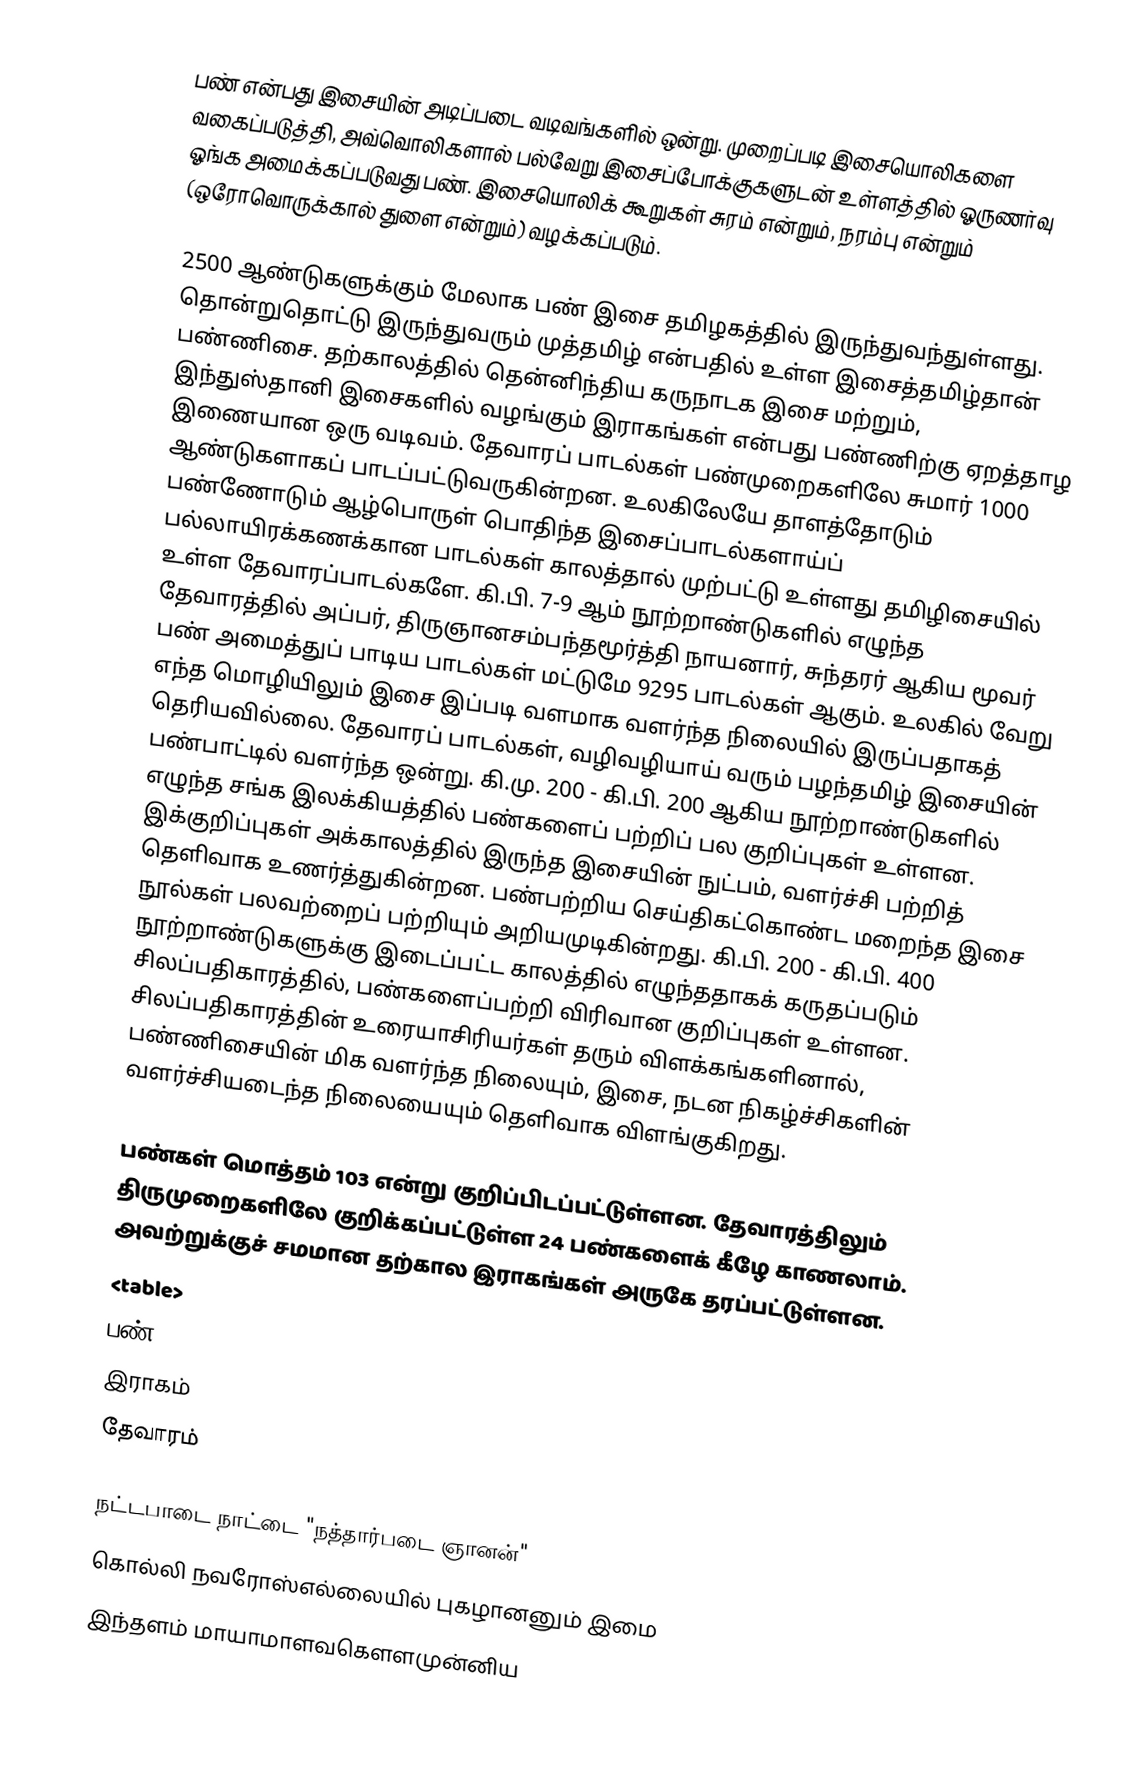
பண் என்பது இசையின் அடிப்படை வடிவங்களில் ஒன்று. முறைப்படி இசையொலிகளை வகைப்படுத்தி, அவ்வொலிகளால் பல்வேறு இசைப்போக்குகளுடன் உள்ளத்தில் ஓருணர்வு ஓங்க அமைக்கப்படுவது பண். இசையொலிக் கூறுகள் சுரம் என்றும், நரம்பு என்றும் (ஒரோவொருக்கால் துளை என்றும்) வழக்கப்படும்.

2500 ஆண்டுகளுக்கும் மேலாக பண் இசை தமிழகத்தில் இருந்துவந்துள்ளது. தொன்றுதொட்டு இருந்துவரும் முத்தமிழ் என்பதில் உள்ள இசைத்தமிழ்தான் பண்ணிசை. தற்காலத்தில் தென்னிந்திய கருநாடக இசை மற்றும், இந்துஸ்தானி இசைகளில் வழங்கும் இராகங்கள் என்பது பண்ணிற்கு ஏறத்தாழ இணையான ஒரு வடிவம். தேவாரப் பாடல்கள் பண்முறைகளிலே சுமார் 1000 ஆண்டுகளாகப் பாடப்பட்டுவருகின்றன. உலகிலேயே தாளத்தோடும் பண்ணோடும் ஆழ்பொருள் பொதிந்த இசைப்பாடல்களாய்ப் பல்லாயிரக்கணக்கான  பாடல்கள் காலத்தால் முற்பட்டு உள்ளது தமிழிசையில் உள்ள தேவாரப்பாடல்களே. கி.பி. 7-9 ஆம் நூற்றாண்டுகளில் எழுந்த தேவாரத்தில் அப்பர், திருஞானசம்பந்தமூர்த்தி நாயனார், சுந்தரர் ஆகிய மூவர் பண் அமைத்துப் பாடிய பாடல்கள் மட்டுமே 9295 பாடல்கள் ஆகும். உலகில் வேறு எந்த மொழியிலும் இசை இப்படி வளமாக வளர்ந்த நிலையில் இருப்பதாகத் தெரியவில்லை. தேவாரப் பாடல்கள், வழிவழியாய் வரும் பழந்தமிழ் இசையின் பண்பாட்டில் வளர்ந்த ஒன்று. கி.மு. 200 - கி.பி. 200 ஆகிய நூற்றாண்டுகளில் எழுந்த சங்க இலக்கியத்தில் பண்களைப் பற்றிப் பல குறிப்புகள் உள்ளன. இக்குறிப்புகள் அக்காலத்தில் இருந்த இசையின் நுட்பம், வளர்ச்சி பற்றித் தெளிவாக உணர்த்துகின்றன. பண்பற்றிய செய்திகட்கொண்ட மறைந்த இசை நூல்கள் பலவற்றைப் பற்றியும் அறியமுடிகின்றது. கி.பி. 200 - கி.பி. 400 நூற்றாண்டுகளுக்கு இடைப்பட்ட காலத்தில் எழுந்ததாகக் கருதப்படும் சிலப்பதிகாரத்தில், பண்களைப்பற்றி விரிவான குறிப்புகள் உள்ளன. சிலப்பதிகாரத்தின் உரையாசிரியர்கள் தரும் விளக்கங்களினால், பண்ணிசையின் மிக வளர்ந்த நிலையும், இசை, நடன நிகழ்ச்சிகளின் வளர்ச்சியடைந்த நிலையையும் தெளிவாக விளங்குகிறது.

பண்கள் மொத்தம் 103 என்று குறிப்பிடப்பட்டுள்ளன. தேவாரத்திலும் திருமுறைகளிலே குறிக்கப்பட்டுள்ள 24 பண்களைக் கீழே காணலாம். அவற்றுக்குச் சமமான தற்கால இராகங்கள் அருகே  தரப்பட்டுள்ளன.
<table>
பண்
இராகம்
தேவாரம்

 நட்டபாடை நாட்டை "நத்தார்படை ஞானன்"
 கொல்லி    நவரோஸ்எல்லையில் புகழானனும்  இமை
 இந்தளம்  மாயாமாளவகௌளமுன்னிய